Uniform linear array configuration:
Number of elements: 12
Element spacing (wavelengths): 0.75
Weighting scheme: hamming
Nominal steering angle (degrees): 30
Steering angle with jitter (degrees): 29.958
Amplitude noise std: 0.05
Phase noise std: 0.05

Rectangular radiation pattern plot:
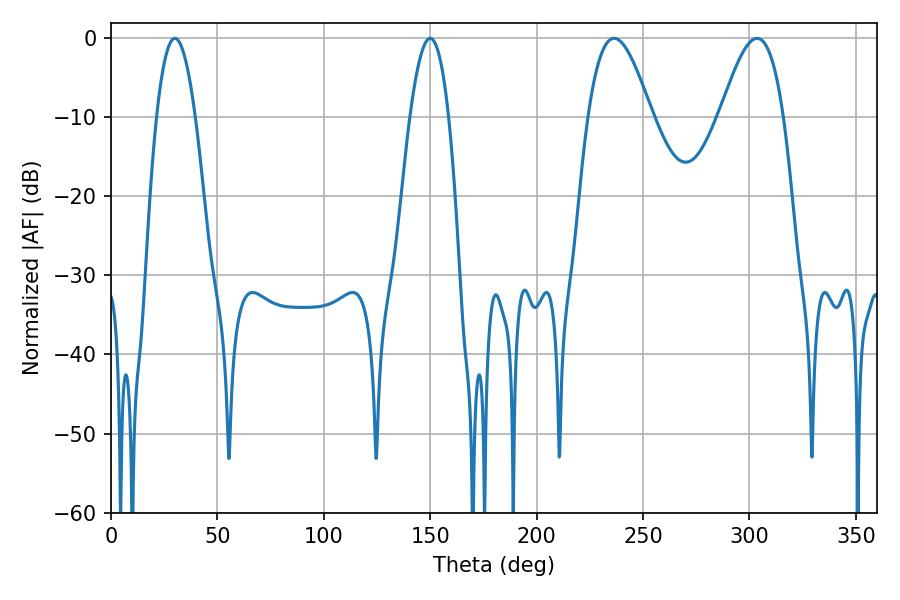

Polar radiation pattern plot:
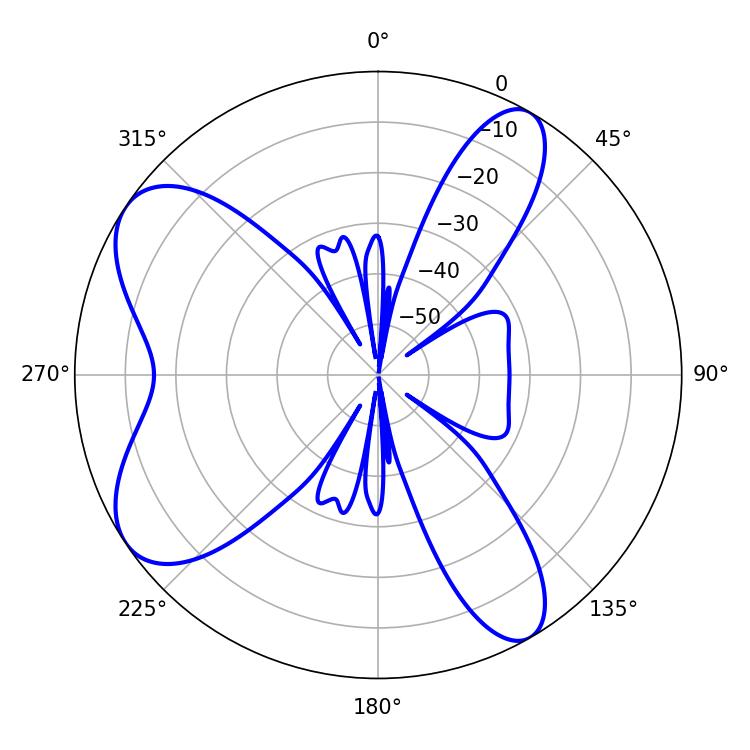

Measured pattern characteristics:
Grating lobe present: TRUE
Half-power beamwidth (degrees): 9.9
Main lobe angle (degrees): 30.06